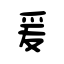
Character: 爰